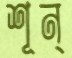
শূন্